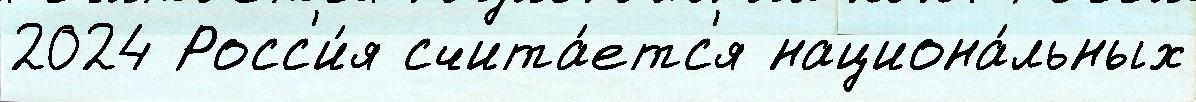
2024 Росс'и́я счита́етс'я национа́льных